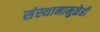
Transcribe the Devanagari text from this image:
संस्थानामुळेही